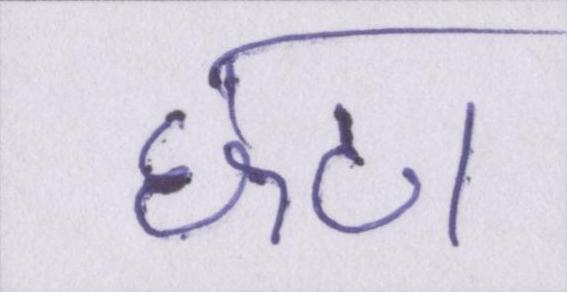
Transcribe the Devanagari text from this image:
छटा